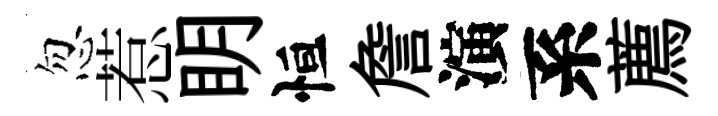
忽惹眀恒詹演系薦